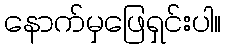
နောက်မှဖြေရှင်းပါ။